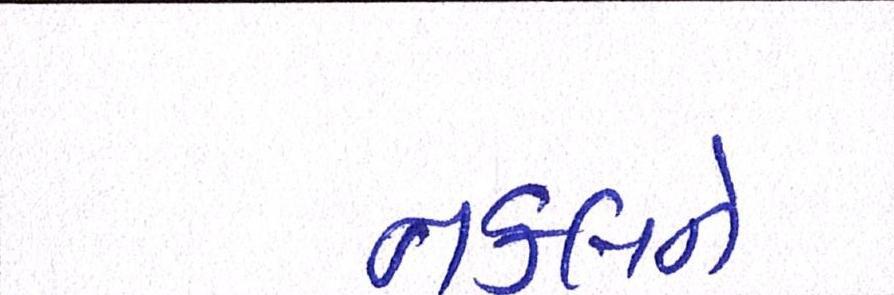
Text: નકલને